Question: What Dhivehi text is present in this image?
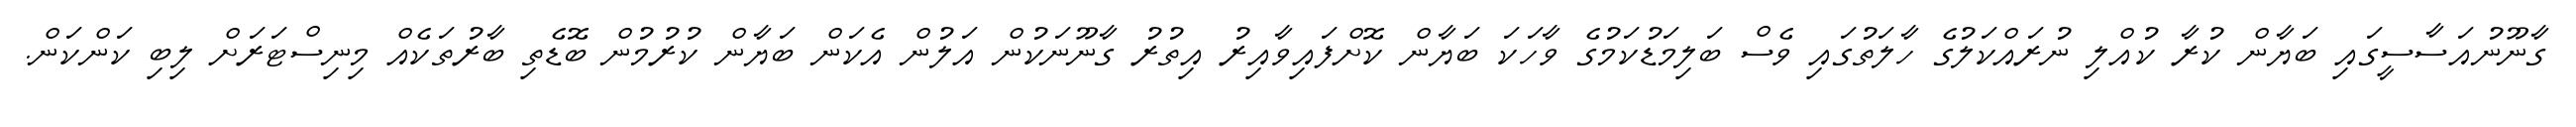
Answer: ގާނޫނުއަސާސީގައި ބަޔާން ކުރާ ކުއްލި ނުރައްކަލުގެ ހާލަތުގައި ވެސް ބަލިމަޑުކަމުގެ ވާހަކަ ބަޔާން ކޮށްފައިވާއިރު އިތުރު ގާނޫނަކުން އަލުން އެކަން ބަޔާން ކުރުމުން ބޮޑެތި ބާރުތަކެއް މިނިސްޓަރަށް ލިބި ކަންކަން.